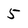
Character: 5